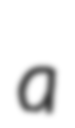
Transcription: a